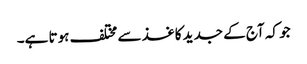
جو کہ آج کے جدید کاغذ سے مختلف ہوتا ہے۔